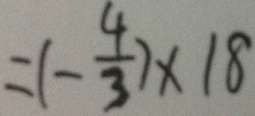
= ( - \frac { 4 } { 3 } ) \times 1 8